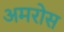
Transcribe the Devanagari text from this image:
अमरोस